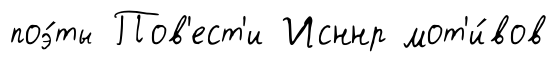
поэ́ты Пов'ест'и Исннр мот'и́вов